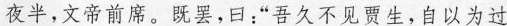
夜半，文帝前席。既罢，曰：“吾久不见贾生，自以为过